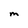
Character: M